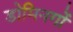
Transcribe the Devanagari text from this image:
डोमिनगों